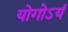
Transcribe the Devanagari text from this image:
योगोऽयं